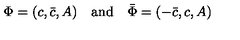
\Phi = ( c , \bar { c } , A ) \quad \mathrm { a n d } \quad \bar { \Phi } = ( - \bar { c } , c , A )